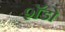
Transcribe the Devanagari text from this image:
शॅडो